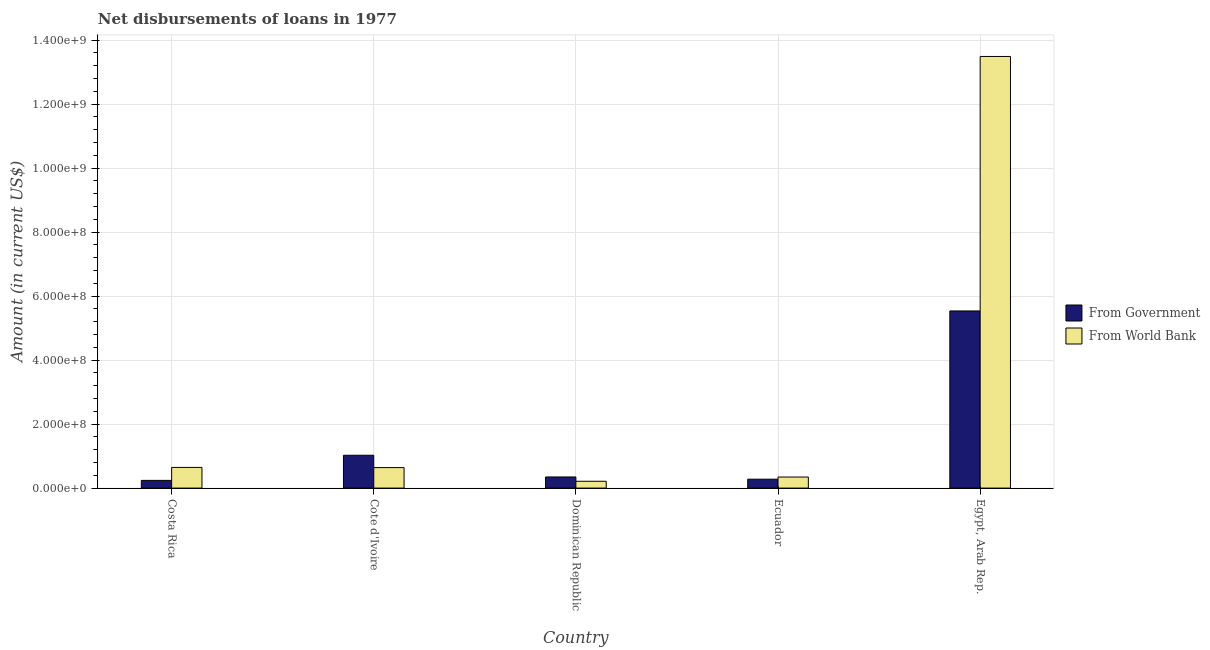
| Country | From Government | From World Bank |
 | --- | --- | --- |
 | Costa Rica | 2.41e+07 | 6.46e+07 |
 | Cote d'Ivoire | 1.03e+08 | 6.4e+07 |
 | Dominican Republic | 3.48e+07 | 2.13e+07 |
 | Ecuador | 2.78e+07 | 3.45e+07 |
 | Egypt, Arab Rep. | 5.54e+08 | 1.35e+09 |